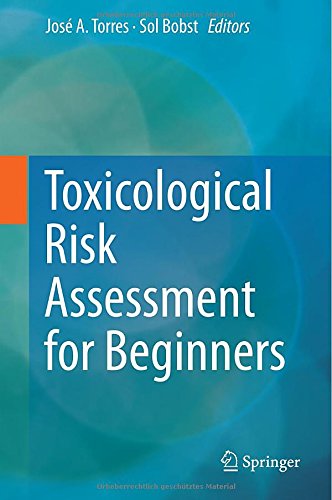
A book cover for Toxicological Risk Assessment for Beginners; Medical Books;